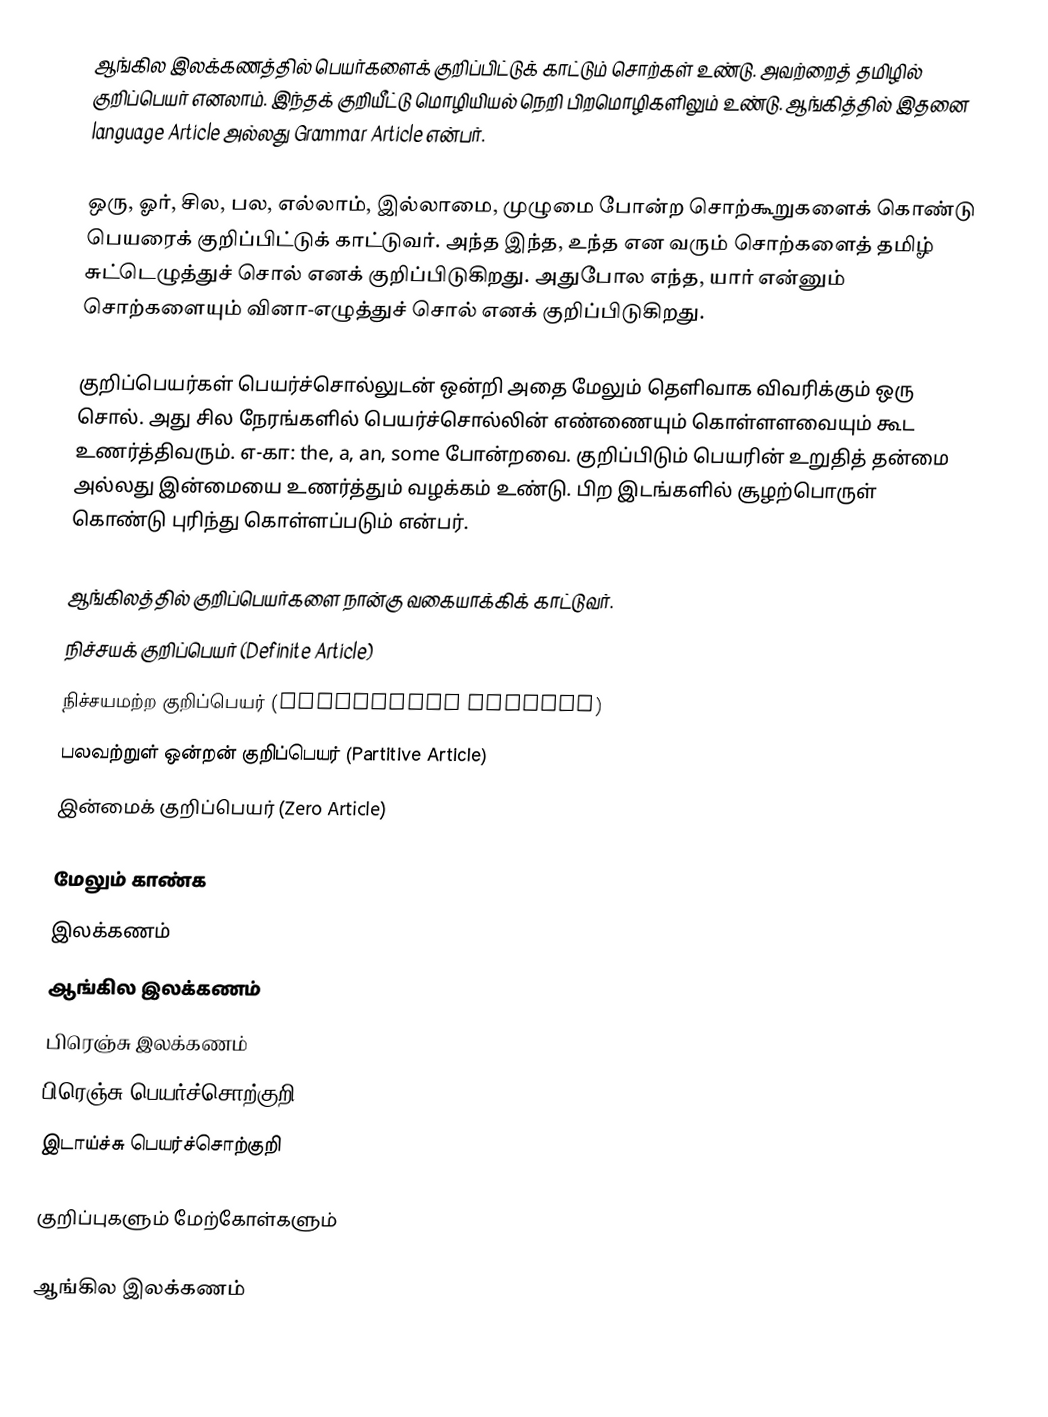
ஆங்கில இலக்கணத்தில் பெயர்களைக் குறிப்பிட்டுக் காட்டும் சொற்கள் உண்டு. அவற்றைத் தமிழில் குறிப்பெயர் எனலாம். இந்தக் குறியீட்டு மொழியியல் நெறி பிறமொழிகளிலும் உண்டு. ஆங்கித்தில் இதனை language Article அல்லது Grammar Article என்பர்.

ஒரு, ஓர், சில, பல, எல்லாம், இல்லாமை, முழுமை போன்ற சொற்கூறுகளைக் கொண்டு பெயரைக் குறிப்பிட்டுக் காட்டுவர். அந்த இந்த, உந்த என வரும் சொற்களைத் தமிழ் சுட்டெழுத்துச் சொல் எனக் குறிப்பிடுகிறது. அதுபோல எந்த, யார் என்னும் சொற்களையும் வினா-எழுத்துச் சொல் எனக் குறிப்பிடுகிறது.

குறிப்பெயர்கள் பெயர்ச்சொல்லுடன் ஒன்றி அதை மேலும் தெளிவாக விவரிக்கும் ஒரு சொல். அது சில நேரங்களில் பெயர்ச்சொல்லின் எண்ணையும் கொள்ளளவையும் கூட உணர்த்திவரும். எ-கா: the, a, an, some போன்றவை. குறிப்பிடும் பெயரின் உறுதித் தன்மை அல்லது இன்மையை உணர்த்தும் வழக்கம் உண்டு. பிற இடங்களில் சூழற்பொருள் கொண்டு புரிந்து கொள்ளப்படும் என்பர்.

ஆங்கிலத்தில் குறிப்பெயர்களை நான்கு வகையாக்கிக் காட்டுவர்.
 நிச்சயக் குறிப்பெயர் (Definite Article)
 நிச்சயமற்ற குறிப்பெயர் (Indefinite Article)
 பலவற்றுள் ஒன்றன் குறிப்பெயர் (Partitive Article)
 இன்மைக் குறிப்பெயர் (Zero Article)

மேலும் காண்க
இலக்கணம்
ஆங்கில இலக்கணம்
பிரெஞ்சு இலக்கணம்
பிரெஞ்சு பெயர்ச்சொற்குறி
இடாய்ச்சு பெயர்ச்சொற்குறி

குறிப்புகளும் மேற்கோள்களும்

ஆங்கில இலக்கணம்